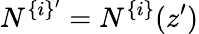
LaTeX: N^{\{ i\} ^{\prime}}=N^{\{ i\} }(z^{\prime})